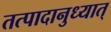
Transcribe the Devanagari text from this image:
तत्पादानुध्यात्